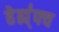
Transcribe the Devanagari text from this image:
हेह्य्॑फ्व